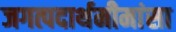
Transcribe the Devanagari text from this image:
जगत्पदार्थमीमांसा